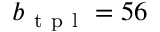
b _ { \mathrm { ~ t ~ p ~ l ~ } } = 5 6